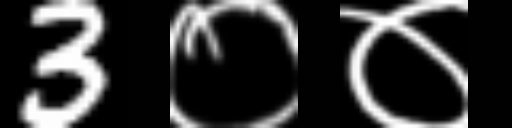
Text: 3००